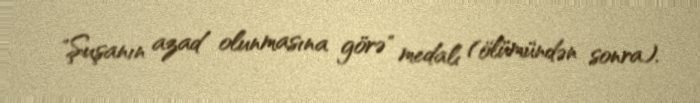
"Şuşanın azad olunmasına görə" medalı (ölümündən sonra).